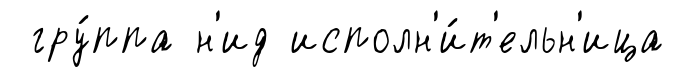
гру́ппа н'ид исполн'и́т'ельн'ица